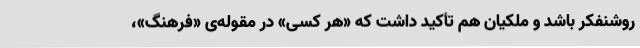
روشنفکر باشد و ملکیان هم تأکید داشت که «هر کسی» در مقوله‌ی «فرهنگ»،